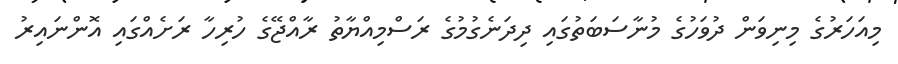
މިއަހަރުގެ މިނިވަން ދުވަހުގެ މުނާސަބަތުގައި ދިދަނެގުމުގެ ރަސްމިއްޔާތު ރާއްޖޭގެ ހުރިހާ ރަށެއްގައި އޮންނައިރު